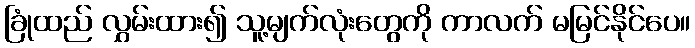
ခြုံထည် လွှမ်းထား၍ သူ့မျက်လုံးတွေကို ကာလက် မမြင်နိုင်ပေ။